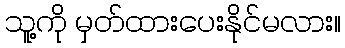
သူ့ကို မှတ်ထားပေးနိုင်မလား။